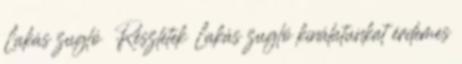
Lakás zugló Részletek Lakás zugló kínálatunkat érdemes